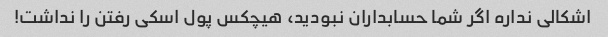
اشکالی نداره اگر شما حسابداران نبودید، هیچکس پول اسکی رفتن را نداشت!